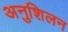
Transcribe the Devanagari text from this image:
अनुशिलन